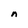
Character: n